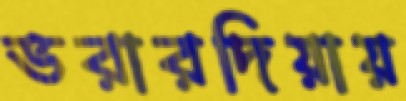
ভরারদিয়ায়